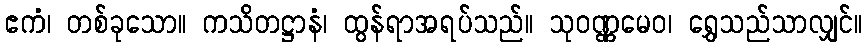
ဧကံ၊ တစ်ခုသော။ ကသိတဋ္ဌာနံ၊ ထွန်ရာအရပ်သည်။ သုဝဏ္ဏမေဝ၊ ရွှေသည်သာလျှင်။